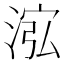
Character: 𱦽